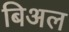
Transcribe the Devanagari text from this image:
बिअल